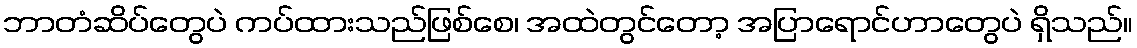
ဘာတံဆိပ်တွေပဲ ကပ်ထားသည်ဖြစ်စေ၊ အထဲတွင်တော့ အပြာရောင်ဟာတွေပဲ ရှိသည်။